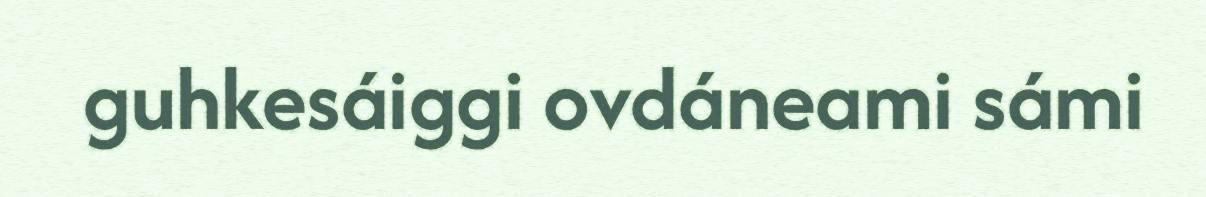
guhkesáiggi ovdáneami sámi